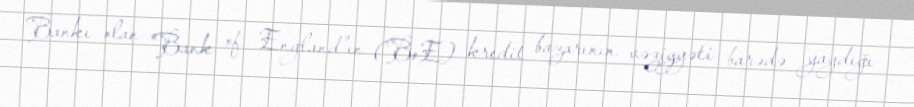
Bankı olan "Bank of England"ın (BoE) kredit bazarının vəziyyəti barədə yaydığı